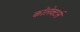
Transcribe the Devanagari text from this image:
कॉलेक्टर्स